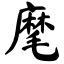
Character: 麾